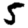
Digit: 5